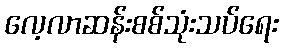
လေ့လာဆန်းစစ်သုံးသပ်ရေး